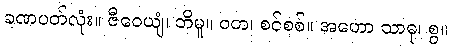
ခဏပတ်လုံး။ ဇီဝေယျံ၊ ဘိမူ။ ဝတ၊ စင်စစ်။ အဟော သာဓု၊ စွ။